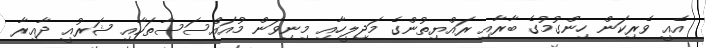
އެއީ ވެރިކަން ހިންގުމުގެ ބާރާއި ރައްޔިތުންގެ މަޖިލީހާއި މިނިވަން މުއައްސަސާތަކާއި ޝަރުއީ ދާއިރާ